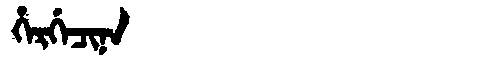
Manchu: ᡥᡝᡵᡤᡝᠴᡳᠨᠠ
Romanization: HERGECINA